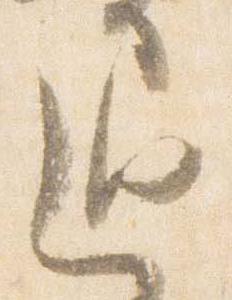
退